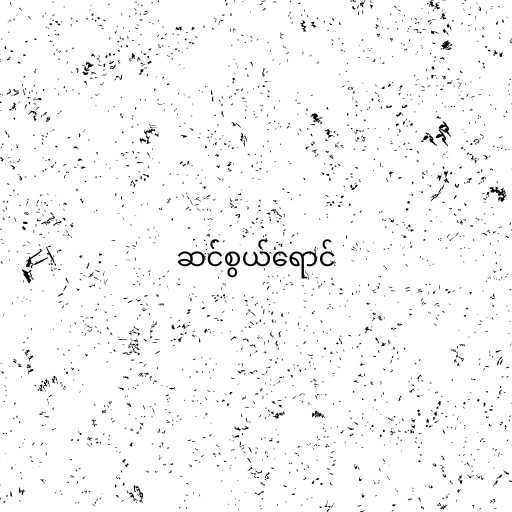
ဆင်စွယ်ရောင်